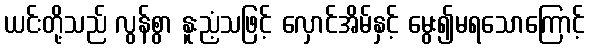
ယင်းတို့သည် လွန်စွာ နူးညံ့သဖြင့် လှောင်အိမ်နှင့် မွေး၍မရသောကြောင့်